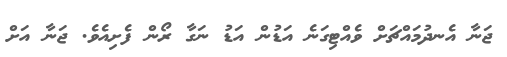
ޖަނާ އެނދުމައްޗަށް ވެއްޓިގަނެ އަޑުން އަޑު ނަގާ ރޯން ފެށިއެވެ. ޖަނާ އަށް